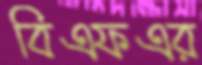
বিএফএর